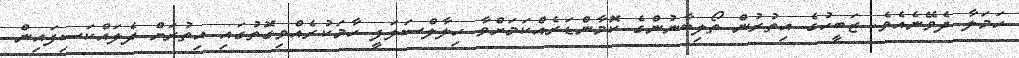
ހަމަލާ ދެވޭނެއެވެ. ޒަބީހުގެ އިތުރުން ތޯލިބާނުންގެ ކޮމާންޑަރެއްކަމަށްވާ ހިލާލްސަލަފީ ހާމަކުރެއްވިގޮތުގައި އިތުރަށް ދެލައްކަސިފައިން